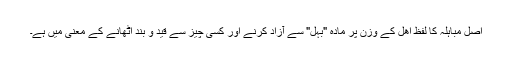
اصل مباہلہ کا لفظ اھل کے وزن پر مادہ "بہل" سے آزاد کرنے اور کسی چیز سے قید و بند اٹھانے کے معنی میں ہے۔